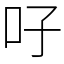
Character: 吇